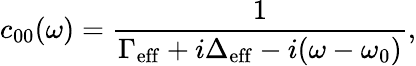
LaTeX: c_{00}(\omega)=\frac{1}{\Gamma_{\mathrm{eff}}+i\Delta_{\mathrm{eff}}-i(\omega-\omega_{0})},